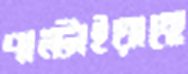
পাল্‌টাইয়াছে